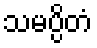
သမပ္ပိတံ